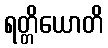
ရတ္တိယောတိ